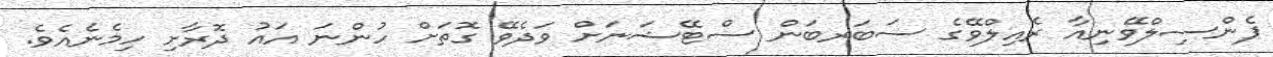
ޕެންސިލްވޭނިއާ ރެއިލްވޭގެ ސަބަރބަން ސްޓޭޝަނަށް ވަދެވޭ ގޮތަށް ހުންނަ އައު ދޮރާށި ހިމެނެއެވެ.